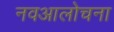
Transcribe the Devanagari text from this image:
नवआलोचना